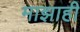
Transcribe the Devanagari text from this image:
माझाही